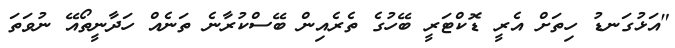
"އަޅުގަނޑު ހިތަށް އެރީ ޑޮކްޓަރީ ބޭހުގެ ތެރެއިން ބޭސްކުރާނެ ތަނެއް ހަދާނީތޯއޭ ނުވަތަ